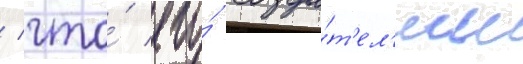
/ что́ его́ созда́т'ел'ям